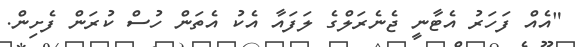
"އެއް ފަހަރު އެޓާނީ ޖެނެރަލްގެ ލަފައާ އެކު އެތަން ހުސް ކުރަން ފެށިން.